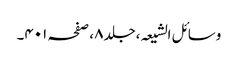
وسائل الشیعہ ،جلد٨ ،صفحہ ٤٠١۔